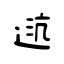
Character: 迒